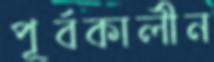
পূর্বকালীন